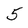
Character: 5